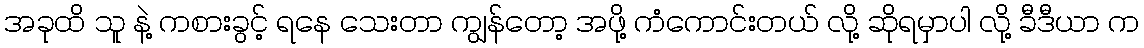
အခုထိ သူ နဲ့ ကစားခွင့် ရနေ သေးတာ ကျွန်တော့ အဖို့ ကံကောင်းတယ် လို့ ဆိုရမှာပါ လို့ ခီဒီယာ က